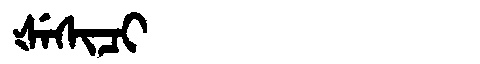
Manchu: ᡧᡝᠰᡳᠴᡳ
Romanization: ŠESICI